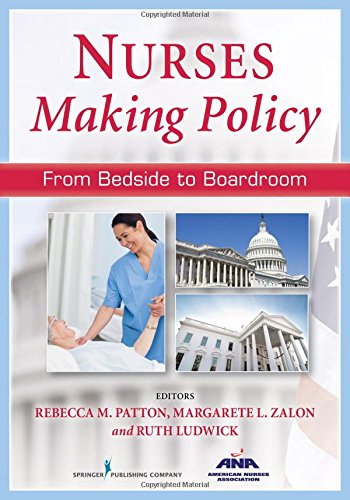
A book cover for Nurses Making Policy: From Bedside to Boardroom; Medical Books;